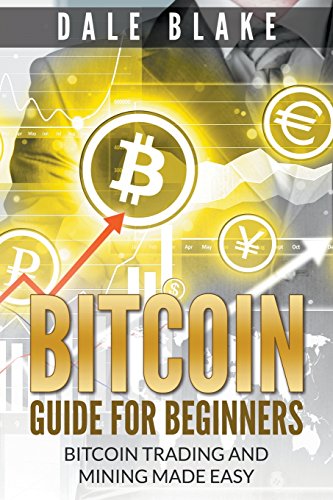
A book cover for Bitcoin Guide For Beginners: Bitcoin Trading and Mining Made Easy; Dale Blake; Computers & Technology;